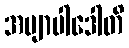
အဗျာပါဒေါတိ